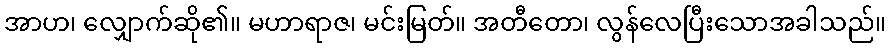
အာဟ၊ လျှောက်ဆို၏။ မဟာရာဇ၊ မင်းမြတ်။ အတီတော၊ လွန်လေပြီးသောအခါသည်။